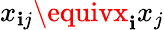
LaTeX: x_{\mathbf{i}j}\equivx_{\mathbf{i}}x_{j}